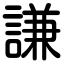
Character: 謙